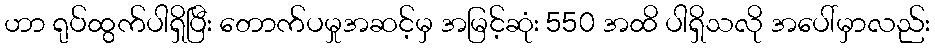
ဟာ ရုပ်ထွက်ပါရှိပြီး တောက်ပမှုအဆင့်မှ အမြင့်ဆုံး 550 အထိ ပါရှိသလို အပေါ်မှာလည်း